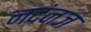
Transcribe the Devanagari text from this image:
नदंनज